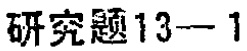
研究题13—1